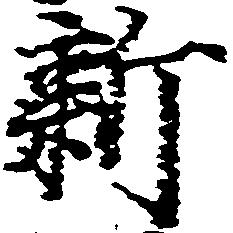
新